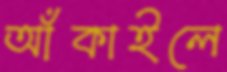
আঁকাইলে